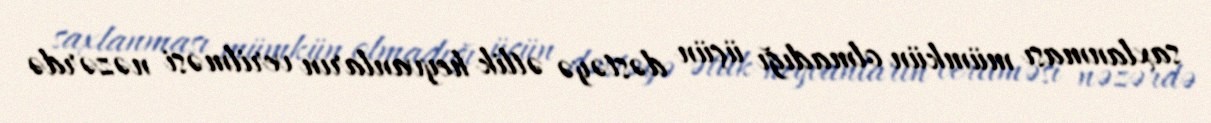
saxlanması mümkün olmadığı üçün dəstəyə ətlik heyvanların verilməsi nəzərdə